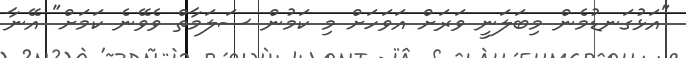
"އަޅުގަނޑުމެން މިބަލަނީ ވަރަށް އަވަހަށް މި ކަމުން ސަލަމާތް ވެވޭނެ ކަމަށް" އޭނާ